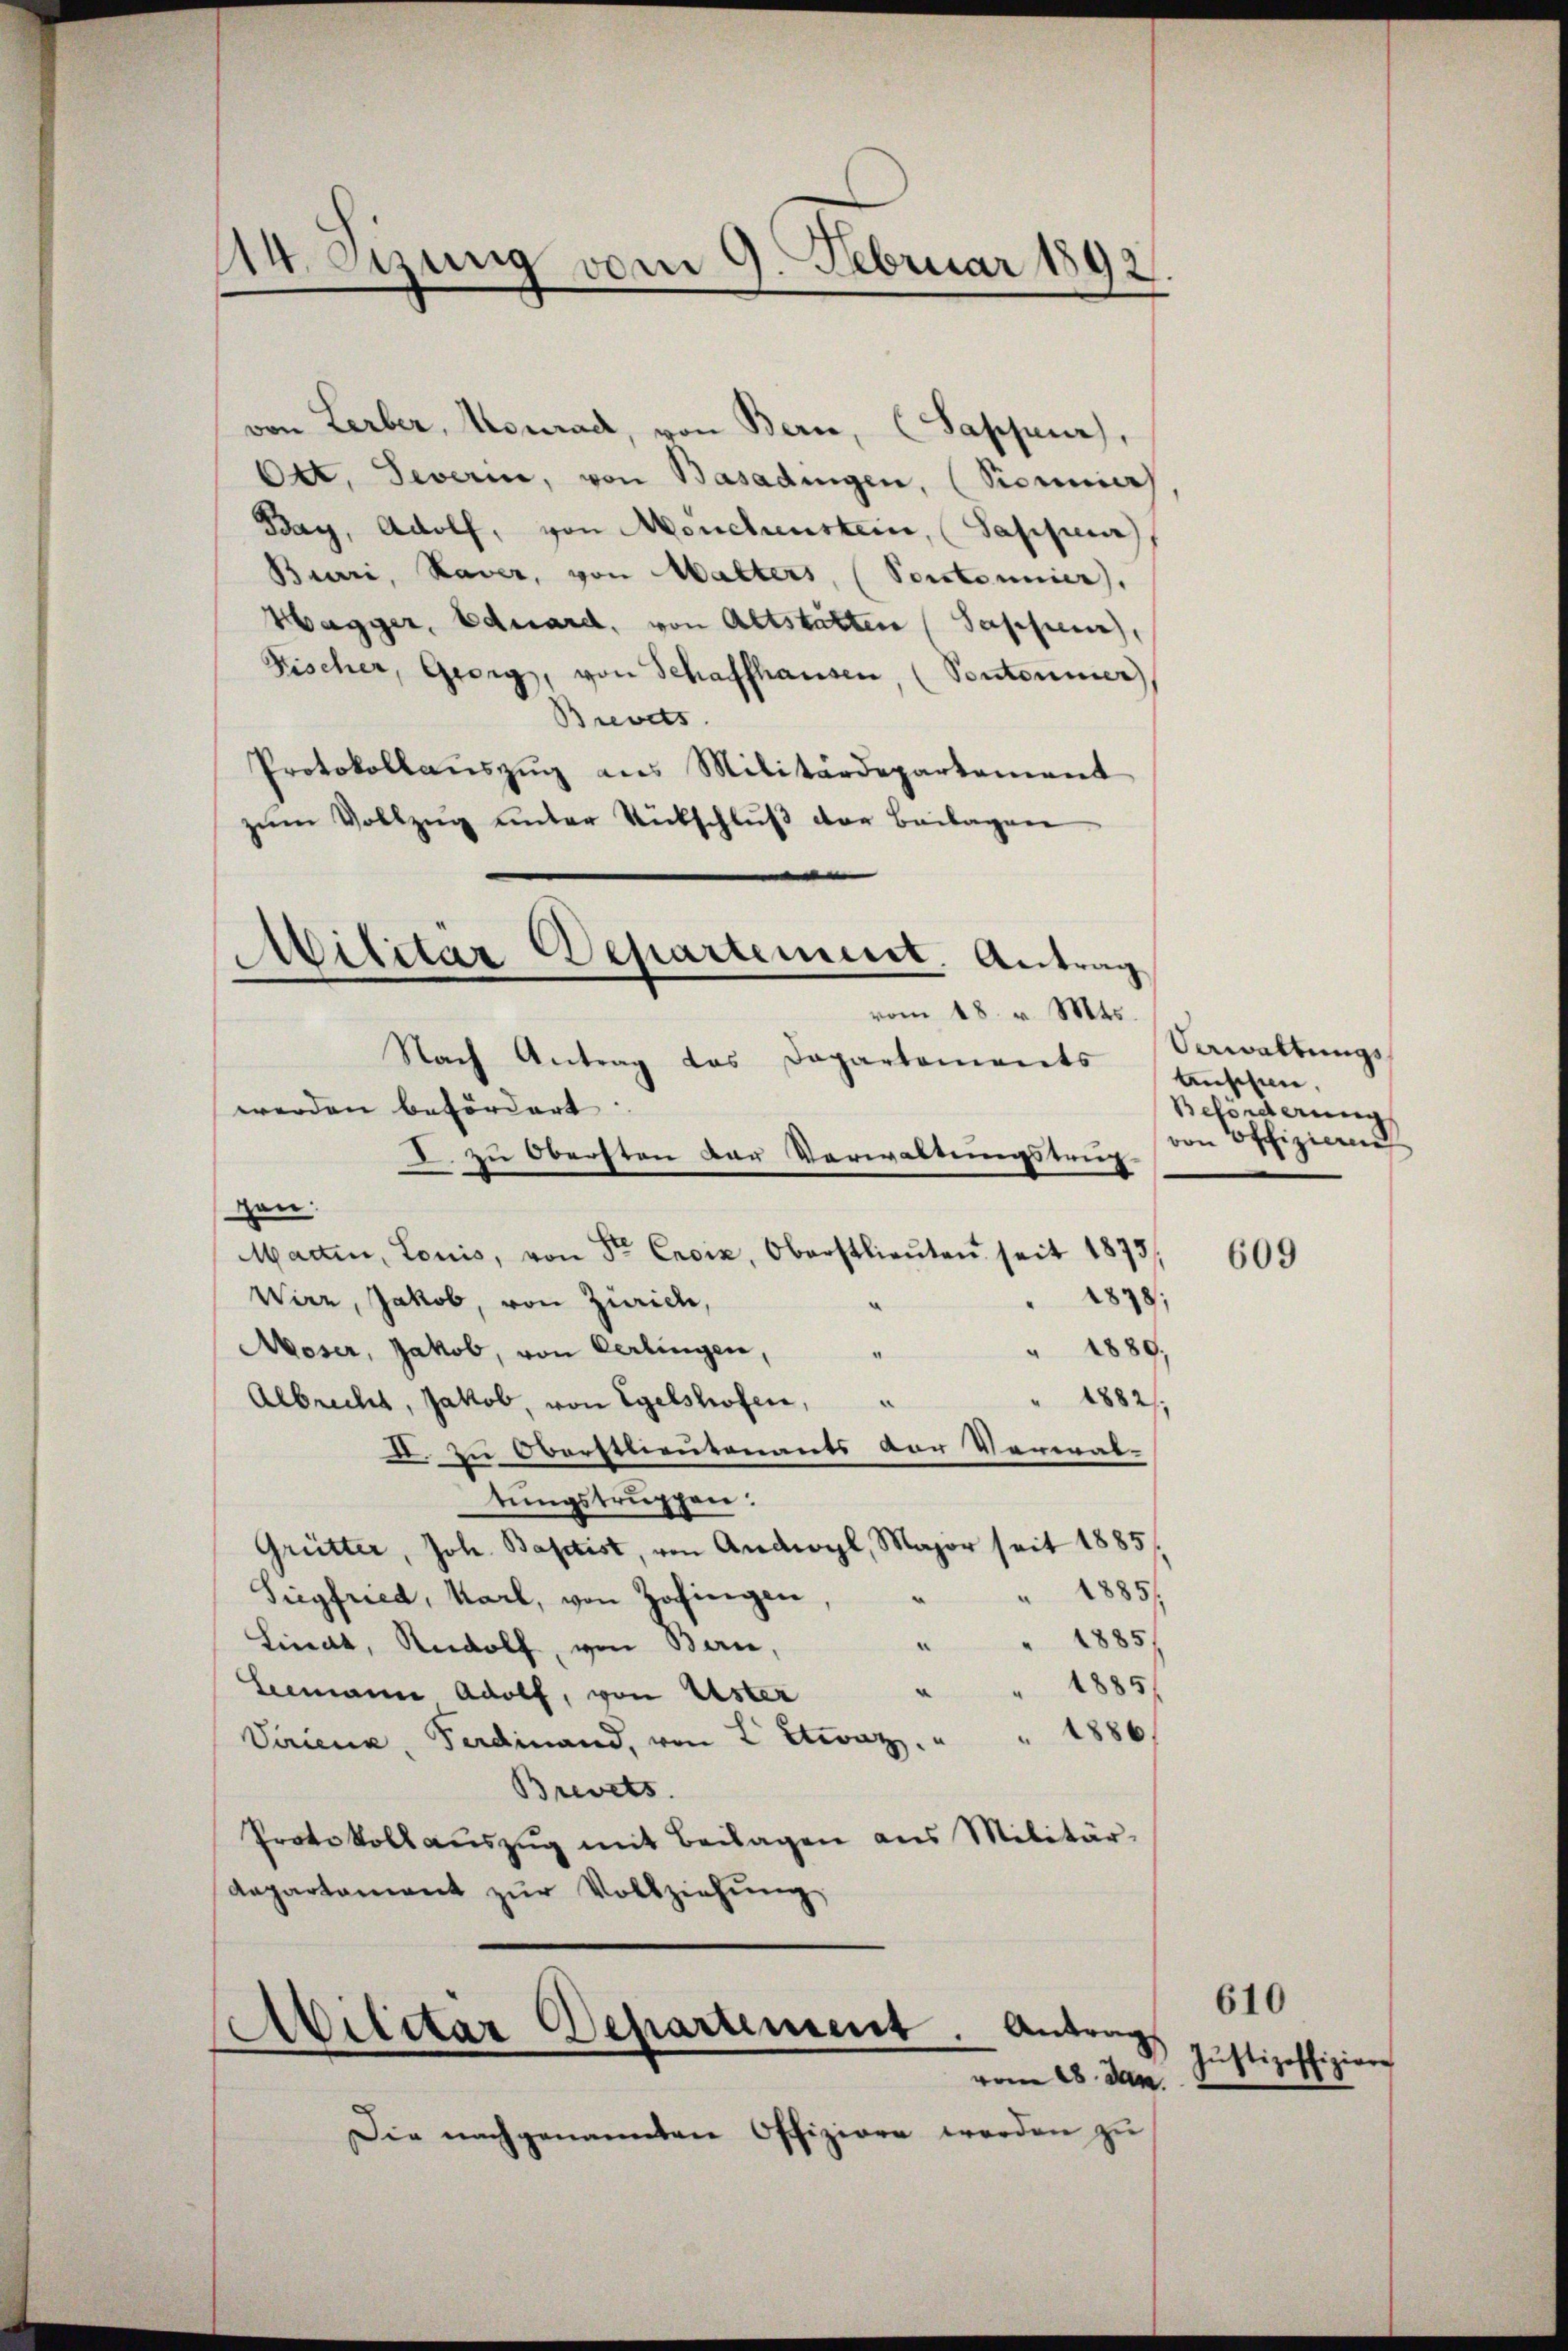
M etzung vom 9. Februar 1892.

von Lerber, Konrad, von Bern, (Sappeurs,
Ott. Severin, von Basadingen, (Sicunier
Bay, Adolf, von Mönchenstein, Sappenz
Biari, Xaver, von Malters, (Portonnier),
Hagger, Eduard, von Altstatten (Sappen,
Fischer, Georg, von Schaffhausen, (Pontonier
Brevets
Protokollaŭszŭg ans Militärdepartement
zŭm Vollzŭg ŭnter Rütschlŭβ der Beilagen
Nach Antrag das Dapartements
werden befördert
I. zu Obersten der Verwaltungstrig-
n
zen.
Martin, Louis, von Sr Exciz, Oberstlieŭten seit 1873,
1878;
Wirz, Jakob, von Zürich,
" 1889,
Moser, Jakob, von Certingen,
¬
" 1882/
Albrecht, Jakob, von Egelshofen,
d. zu Oberstlieutenants vor Verwal-
tungstruppen:
Grütter, Joh. Baptist, von Andwyl, Major seit 1885/
" " 1885/
Siegfried, Karl, von Zofingen
"" 1885/
Linat, Rudolf, von Bern,
" " 1885
Leemann Adolf, von Uster
Variena, Ferdinand, von L Etwaz. " " 1886/
Brevets.
Protokoll aŭszŭg mit Beilagen aus Militär-
departament zŭr Vollziehŭng

d
Militar-Aepartement. Antrag
vom 18. v. Mts.

Abilitar Departiment. Antrag
vom 28. den

Die nachgenannten Offiziren werden zŭ

Verwaltungs
Anschen,
Beförderung
von Offizian

609

610
Justizoffiziere